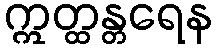
ဣတ္ထန္တရေန